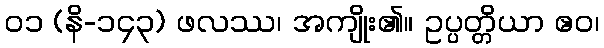
၀၁ (နိ-၁၄၃) ဖလဿ၊ အကျိုး၏။ ဥပ္ပတ္တိယာ ဧဝ၊